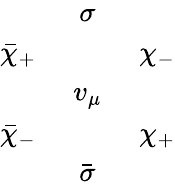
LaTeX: \begin{array}{ccc}{{}}&{{\sigma}}&{{}}\\ {{\bar{\chi}_{+}\, \, }}&{{}}&{{\, \, \chi_{-}}}\\ {{}}&{{v_{\mu}}}&{{}}\\ {{\bar{\chi}_{-}\, \, }}&{{}}&{{\, \, \chi_{+}}}\\ {{}}&{{\bar{\sigma}}}&{{}}\end{array}